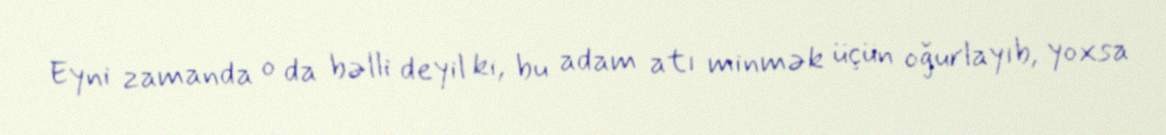
Eyni zamanda o da bəlli deyil ki, bu adam atı minmək üçün oğurlayıb, yoxsa